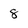
Character: 8